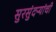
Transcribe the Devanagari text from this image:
सुरसुंदऱ्यांची